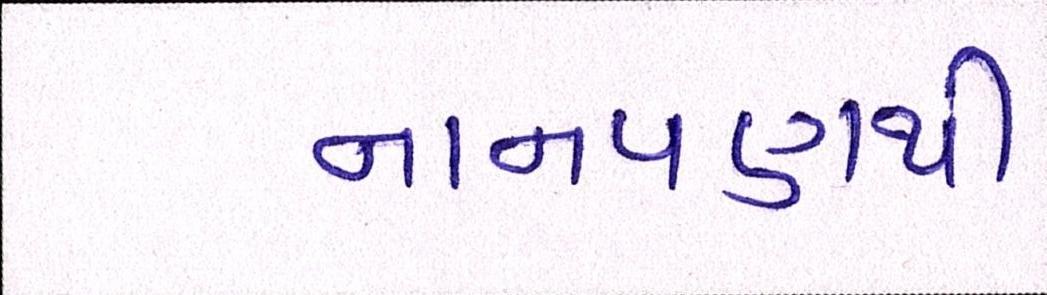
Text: નાનપણથી